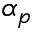
\alpha _ { p }